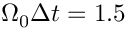
\Omega _ { 0 } \Delta { t } = 1 . 5